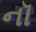
નૉ